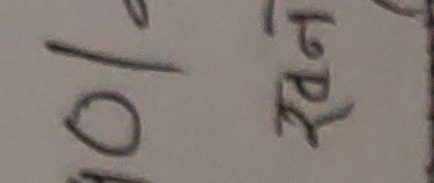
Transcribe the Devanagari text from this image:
१० रपैया